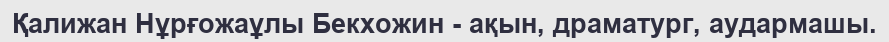
Қалижан Нұрғожаұлы Бекхожин - ақын, драматург, аудармашы.